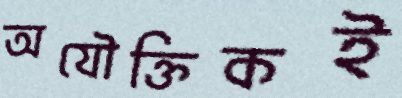
অযৌক্তিকই